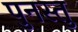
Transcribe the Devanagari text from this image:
पुनस्तु